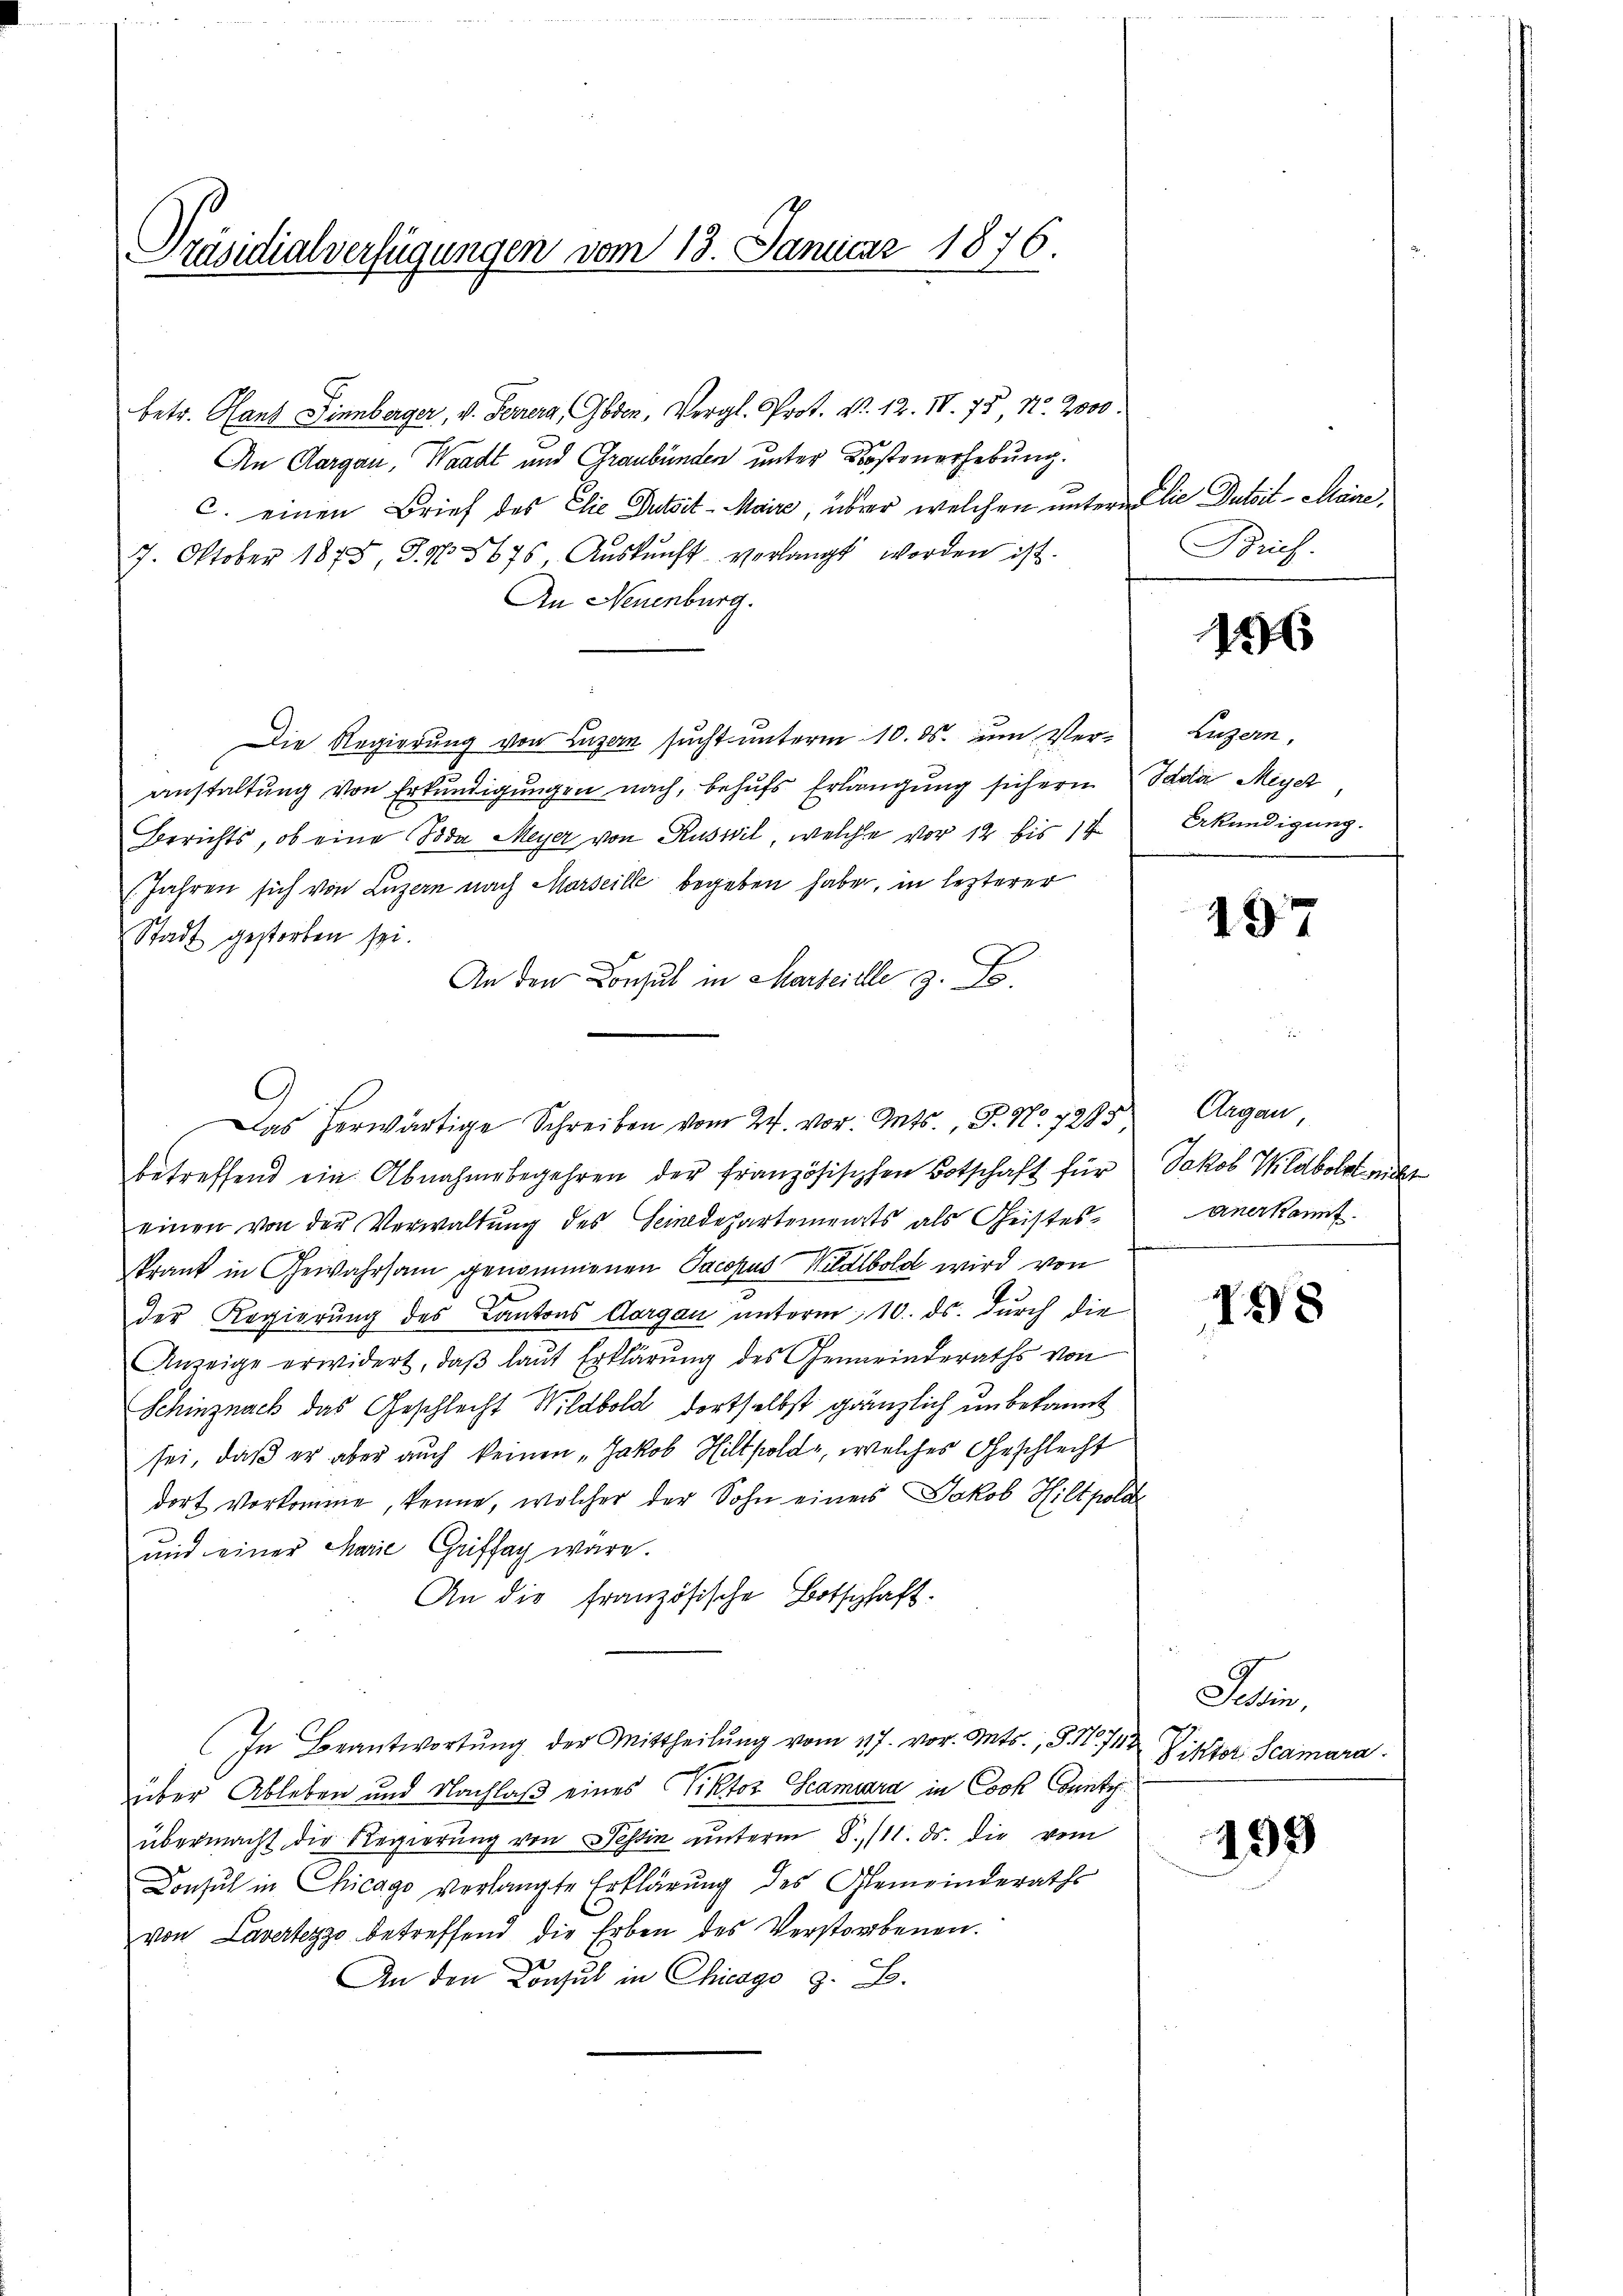
Präsidialverfügungen vom 13. Januar 1876
d

betr. Hans Finnberger, v. Ferrers, Goden, Vergl. Prot. Nr. 12. IV. 75, N. 2000.
An Aargau, Waadt und Graubünden unter Kostenorhebung.
C. einen Brief des Elie Dutsit-Maire, über welchen untern die Dutoit-Maire
7. Oktober 1875, S. 15675 Aŭskŭnft verlangt worden ist.
An Neuenburg.
Die Regierung von Luzern sucht unterm 10. ds. um Ver¬ Luzern,
anstaltung von Erkundigungen nach, behufs Erlangung sichern Sada Meyer
Berichts, ob eine Toda Meyer von Ruswil, welche vor 12 bis 14. Erkundigung.
(Jahren sich von Luzern nach Marseille begeben haben, in lezterer
Stadt gestorben sei.
An den Consul in Marteile 3. Fe
C
betreffend ein Abnahmebegehren der französischen Botschaft für
einen von der Verwaltung des Seinedepartements als Geistes¬
Prant in Gewahrsam genommenen Pacopus Wildbold wird von
der Regierung des Cantons Aargau unterm 10. ds. durch die
Anzeige erwidert, daβ laut Erklärung des Gemeinderaths von
Schinznach das Geschlecht Wildbold, dortselbst gänzlich unbekannt
sei, daß er aber auch keinen „Jakob Hiltpold, welches Geschlecht
dort vorkomme, kenne, welcher der Sohn eines Jakob Hiltpold
und einer Marie Griffay wäre.
An die französische Botschaft.
In Beantwortung der Mittheilung vom 27. vor. Mts., S. 712
über Ableben und Nachlaß eines Viktor Scamuard in Cook County
übermacht die Regierung von Tessin unterm 8./11. ds. die vom
Consul in Chicago verlangte Erklärung des Gemeinderaths
von Lavertezzo betreffend die Erben des Verstorbenen.
An den Konsul in Chicago z. B.

Das herwärtige Schreiben vom 24. vor. Mts., S. Nr. 728

Brief.

156

197

Augan
Jakob Wildbolz nicht
Anerkannt.

198

Saben,
Viktor Scamara

199